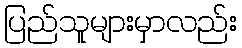
ပြည်သူများမှာလည်း